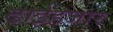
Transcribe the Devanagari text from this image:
ढाईहजार